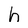
Character: h